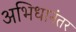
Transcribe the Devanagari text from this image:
अभिधानंतर